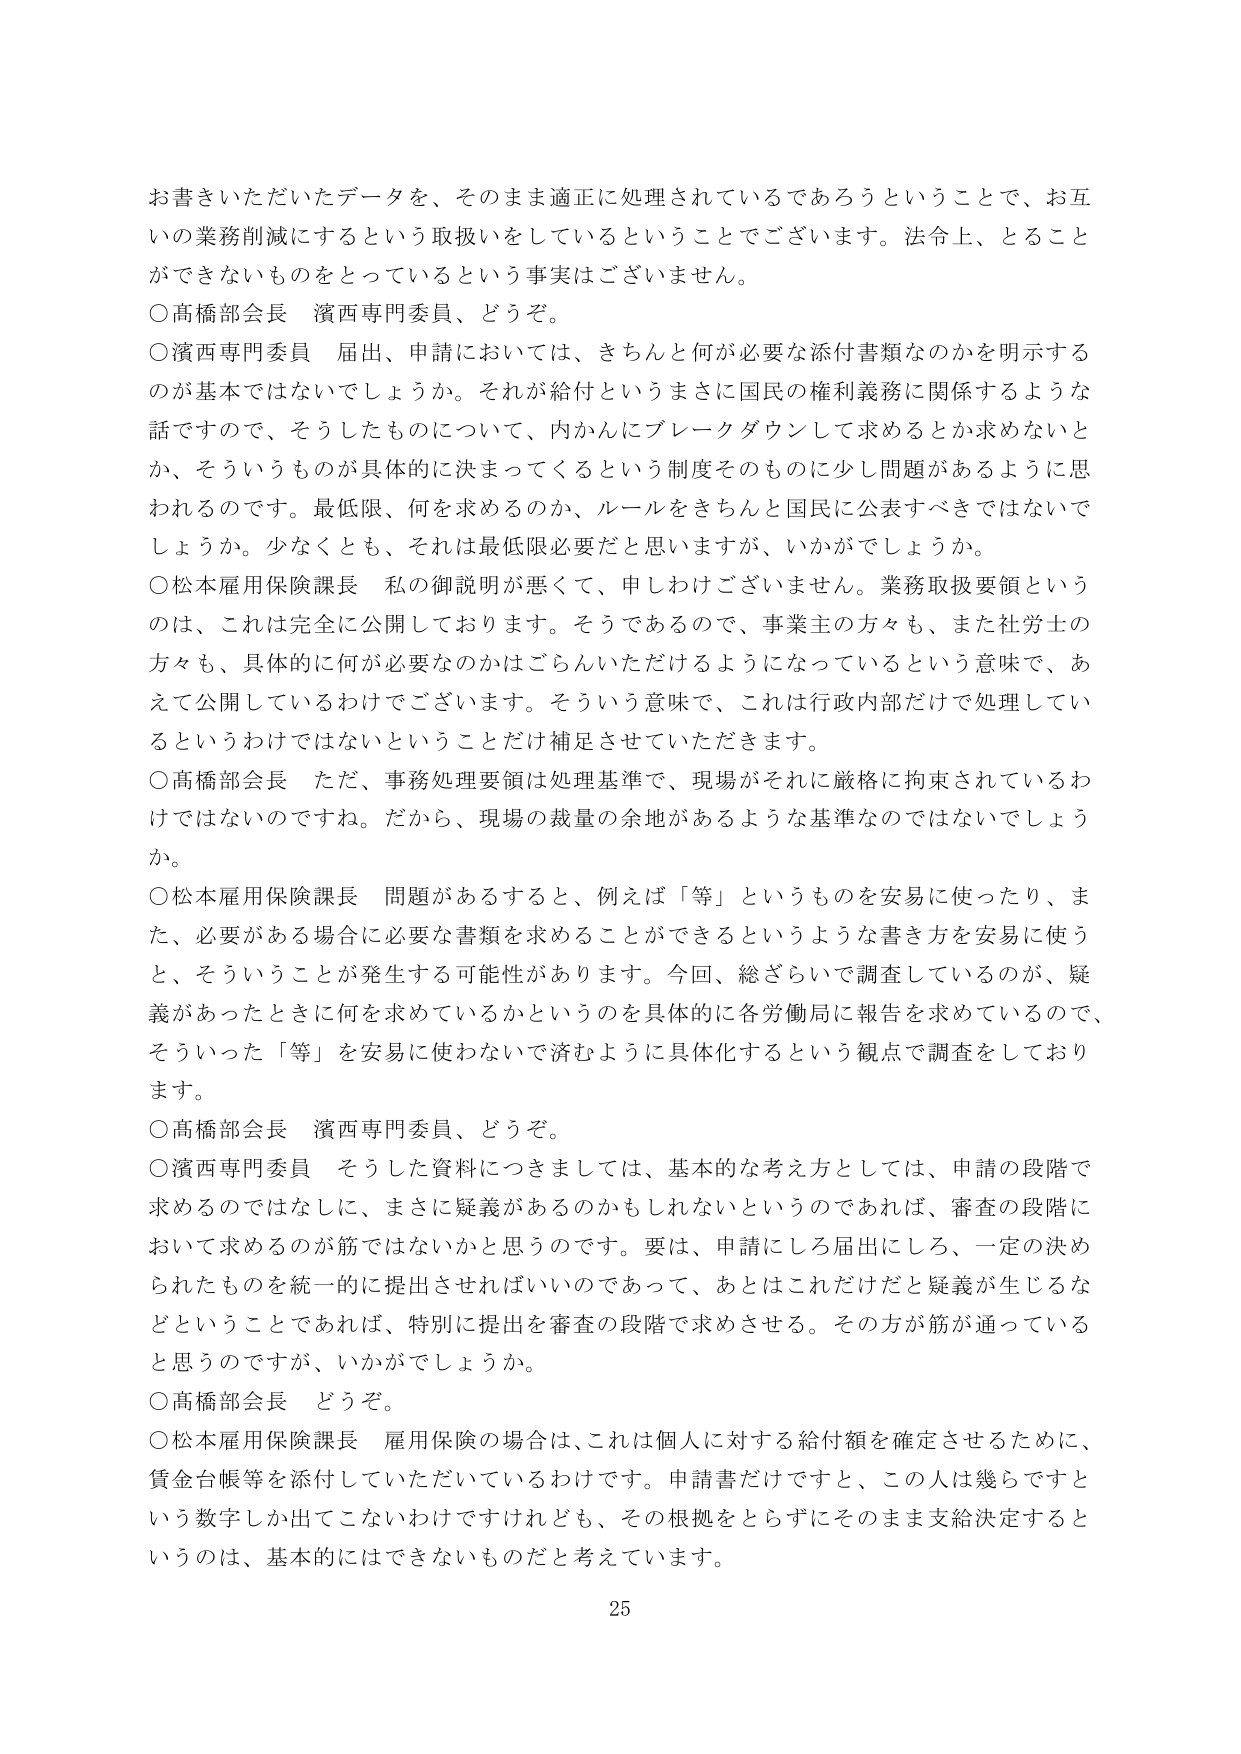
お書きいただいたデータを、そのまま適正に処理されているであろうということで、お互いの業務削減にするという取扱いをしているということでございます。法令上、とることができないものをとっているという事実はございません。

○高橋部会長　濱西専門委員、どうぞ。

○濱西専門委員　届出、申請においては、きちんと何が必要な添付書類なのかを明示するのが基本ではないでしょうか。それが給付というまさに国民の権利義務に関係するような話ですので、そうしたものについて、内かんにブレークダウンして求めるとか求めないとか、そういうものが具体的に決まってくるという制度そのものに少し問題があるように思われるのです。最低限、何を求めるのか、ルールをきちんと国民に公表すべきではないでしょうか。少なくとも、それは最低限必要だと思いますが、いかがでしょうか。

○松本雇用保険課長　私の御説明が悪くて、申しわけございません。業務取扱要領というのは、これは完全に公開しております。そうであるので、事業主の方々も、また社労士の方々も、具体的に何が必要なのかはごらんいただけるようになっているという意味で、あえて公開しているわけでございます。そういう意味で、これは行政内部だけで処理しているというわけではないということだけ補足させていただきます。

○高橋部会長　ただ、事務処理要領は処理基準で、現場がそれに厳格に拘束されているわけではないのですね。だから、現場の裁量の余地があるような基準なのではないでしょうか。

○松本雇用保険課長　問題があるすると、例えば「等」というものを安易に使ったり、また、必要がある場合に必要な書類を求めることができるというような書き方を安易に使うと、そういうことが発生する可能性があります。今回、総ざらいで調査しているのが、疑義があったときに何を求めているかというのを具体的に各労働局に報告を求めているので、そういった「等」を安易に使わないで済むように具体化するという観点で調査をしております。

○高橋部会長　濱西専門委員、どうぞ。

○濱西専門委員　そうした資料につきましては、基本的な考え方としては、申請の段階で求めるのではなくに、まさに疑義があるのかもしれないというのであれば、審査の段階において求めるのが筋ではないかと思うのです。要は、申請にしろ届出にしろ、一定の決められたものを統一的に提出させればいいのであって、あとはこれだけだと疑義が生じるなどということであれば、特別に提出を審査の段階で求めさせる。その方が筋が通っていると思うのですが、いかがでしょうか。

○高橋部会長　どうぞ。

○松本雇用保険課長　雇用保険の場合は、これは個人に対する給付額を確定させるために、賃金台帳等を添付していただいているわけです。申請書だけですと、この人は幾らですという数字しか出てこないわけですが、その根拠をとらずにそのまま支給決定するというのは、基本的にはできないものだと考えています。

25